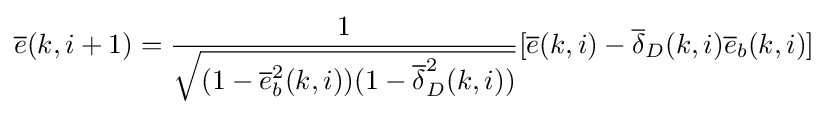
{\overline {e}}(k,i+1)={\frac {1}{\sqrt {(1-{\overline {e}}_{b}^{2}(k,i))(1-{\overline {\delta }}_{D}^{2}(k,i))}}}[{\overline {e}}(k,i)-{\overline {\delta }}_{D}(k,i){\overline {e}}_{b}(k,i)]